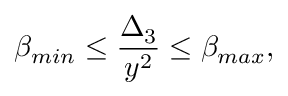
\beta _ { m i n } \leq { \frac { \Delta _ { 3 } } { y ^ { 2 } } } \leq \beta _ { m a x } ,